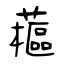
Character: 藲